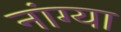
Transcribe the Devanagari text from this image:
नांग्या